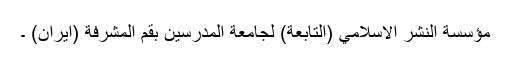
مؤسسة النشر الاسلامي (التابعة) لجامعة المدرسين بقم المشرفة (ايران) ۔